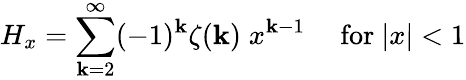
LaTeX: H_{x}=\sum_{\mathbf{k}=2}^{\infty}(-1)^{\mathbf{k}}\zeta(\mathbf{k})\; x^{\mathbf{k}-1}\quad{\mathrm{{~for~}}}|x|<1